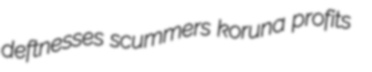
deftnesses scummers koruna profits